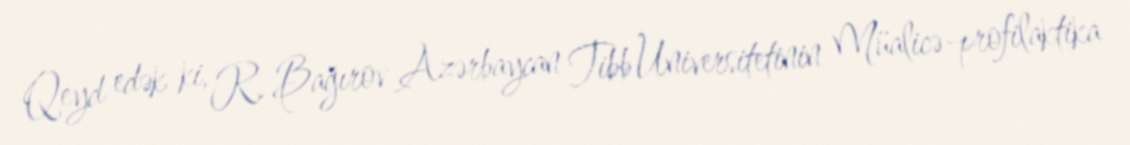
Qeyd edək ki, R. Bağırov Azərbaycan Tibb Universitetinin Müalicə-profilaktika